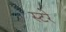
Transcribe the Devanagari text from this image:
स्टरे